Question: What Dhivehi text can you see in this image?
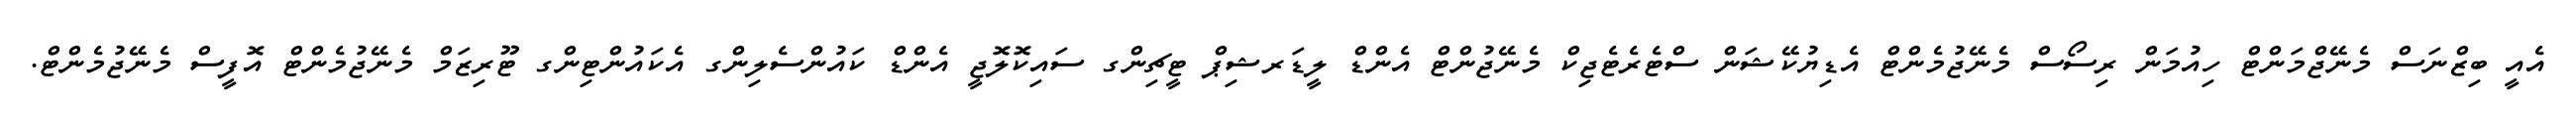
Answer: އެއީ ބިޒްނަސް މެނޭޖްމަންޓް ހިއުމަން ރިސޯސް މެނޭޖުމެންޓް އެޑިޔުކޭޝަން ސްޓެރެޓެޖިކް މެނޭޖުންޓް އެންޑް ލީޑަރޝިޕް ޓީޗިންގ ސައިކޮލޮޖީ އެންޑް ކައުންސެލިންގ އެކައުންޓިންގ ޓޫރިޒަމް މެނޭޖުމެންޓް އޮފީސް މެނޭޖުމެންޓް.